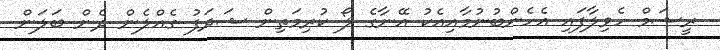
ރީޝަމް ހެވިލާފައި އެހެންބުނުމާއިއެކު އޭނާގެ ލޯ ކުރިމަތިން ޝަދަފު ގެއްލެން ދެން ބަލަން